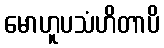
မောဟူပသံဟိတာပိ